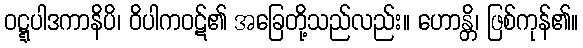
ဝဋ္ဋပါဒကာနိပိ၊ ဝိပါကဝဋ်၏ အခြေတို့သည်လည်း။ ဟောန္တိ၊ ဖြစ်ကုန်၏။